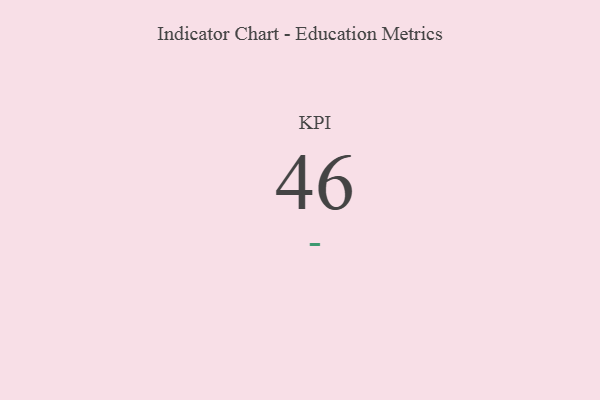
{"axis": {"x": "KPI", "y": "Value"}, "legend": [""], "data": [{"x": "KPI", "y": 46, "type": ""}]}